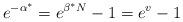
LaTeX: \begin{align*}{}e^{-\alpha^*} = e^{\beta^* N} - 1 = e^v - 1\end{align*}